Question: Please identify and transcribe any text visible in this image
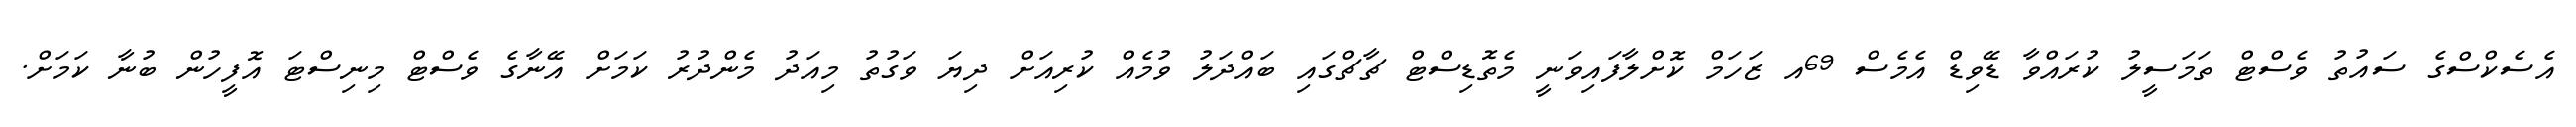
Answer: އެސެކްސްގެ ސައުތު ވެސްޓް ތަމަސީލު ކުރައްވާ ޑޭވިޑް އެމެސް 69އ ޒަހަމް ކޮށްލާފައިވަނީ މެތޮޑިސްޓް ޗާޗްގައި ބައްދަލު ވުމެއް ކުރިއަށް ދިޔަ ވަގުތު މިއަދު މެންދުރު ކަމަށް އޭނާގެ ވެސްޓް މިނިސްޓަ އޮފީހުން ބުނާ ކަމަށް.